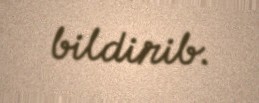
bildirib.